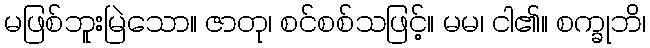
မဖြစ်ဘူးမြဲသော။ ဇာတု၊ စင်စစ်သဖြင့်။ မမ၊ ငါ၏။ စက္ခုဘိ၊